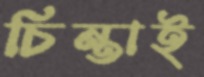
চিন্তাই